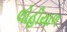
લોહીયાળ